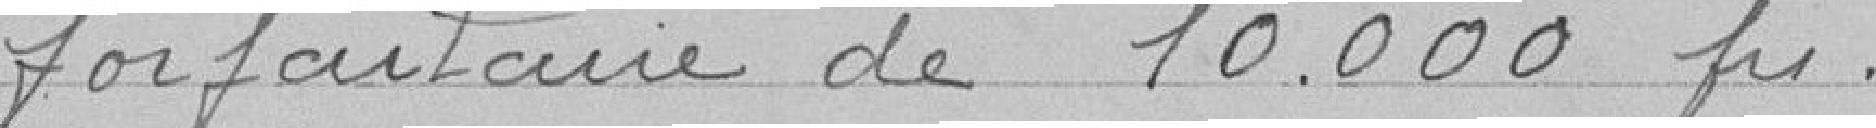
forfaitaire de 10 000 Francs.